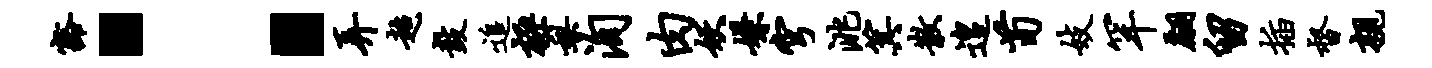
豁：弄超鼓追极梨洵肉妖嫌穹洮箕散遑荀妓罕翩留插督亲